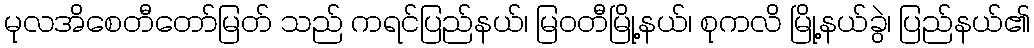
မုလအိစေတီတော်မြတ် သည် ကရင်ပြည်နယ်၊ မြဝတီမြို့နယ်၊ စုကလိ မြို့နယ်ခွဲ၊ ပြည်နယ်၏